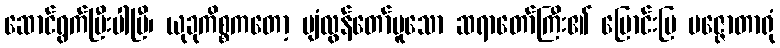
ဆောင်ရွက်ပြီးပါပြီ၊ ယုခုကိစ္စကတော့ ပျံလွန်တော်မူသော ဆရာတော်ကြီး၏ မြောင်းမြ ပဇ္ဇောတာရုံ